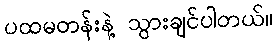
ပထမတန်းနဲ့ သွားချင်ပါတယ်။